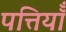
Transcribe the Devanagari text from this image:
पत्तियॉँ